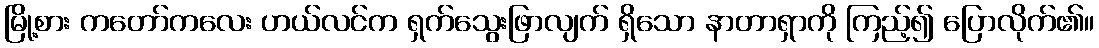
မြို့စား ကတော်ကလေး ဟယ်လင်က ရှက်သွေးဖြာလျက် ရှိသော နာတာရှာကို ကြည့်၍ ပြောလိုက်၏။